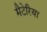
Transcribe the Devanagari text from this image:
मैटेरिया